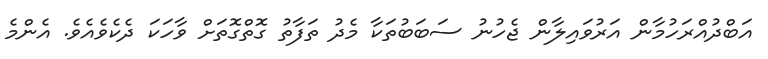
އަބްދުއްރަހުމާން އަރުވައިލާން ޖެހުނު ސަބަބުތަކާ މެދު ތަފާތު ގޮތްގޮތަށް ވާހަކަ ދެކެވެއެވެ. އެންމެ